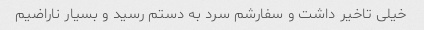
خیلی تاخیر داشت و سفارشم سرد به دستم رسید و بسیار ناراضیم